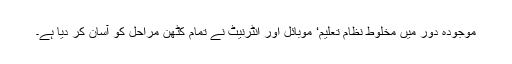
موجودہ دور میں مخلوط نظام تعلیم‘ موبائل اور انٹرنیٹ نے تمام کٹھن مراحل کو آسان کر دیا ہے۔